Indian journal of veterinary science and animal husbandry - Volume 2,
Year: 1932
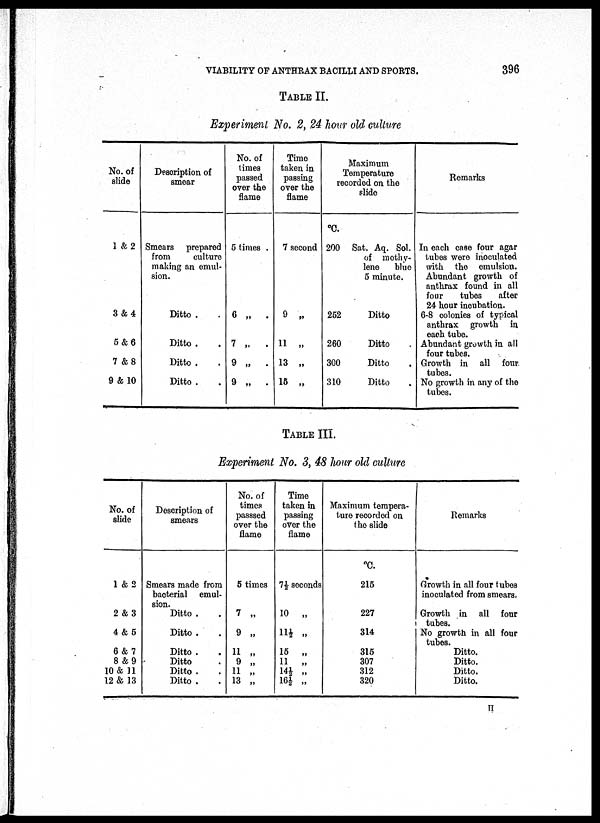
VIABILITY OF ANTHRAX BACILLI AND SPORTS.
396
TABLE II.
Experiment No. 2, 24 hour old culture
No. of
slide
1 & 2
3 & 4
5 & 6
7 &8
9 & 10
Description of
smear
Smears prepared
from
culture
making an emul-
sion.
Ditto . .
Ditto . .
Ditto . .
Ditto . .
No. of
times
passed
over the
flame
5 times.
6 „
.
7 „
.
9 „
.
9 „
.
Time
taken in
passing
over the
flame
7 second
9 „
11 „
13 „
15 „
Maximum
Temperature
recorded on the
slide
°C.
200 Sat. Aq. Sol.
of methy-
lene blue
5 minute.
252
Ditto
260
Ditto
300
Ditto
310
Ditto
Remarks
In each case four agar
tubes were inoculated
with the emulsion.
Abundant growth of
anthrax found in all
four
tubes
after
24 hour incubation.
6-8 colonies of typical
anthrax growth in
each tube.
Abundant growth in all
four tubes.
Growth in all four
tubes.
No growth in any of the
tubes.
TABLE III.
Experiment No. 3, 48 hour old culture
No. of
slide
1 & 2
2 & 3
4 & 5
6 & 7
8 & 9
10 & 11
12 & 13
Description of
smears
Smears made from
bacterial emul-
sion.
Ditto . .
Ditto . .
Ditto . .
Ditto .
Ditto . .
Ditto . .
No. of
times
passsed
over the
flame
5 times
7 „
9 „
11 „
9 „
11 „
13 „
Time
taken in
passing
over the
flame
7½ seconds
10 „
11½ „
15 „
11 „
14½ „
16½ „
Maximum tempera-
ture recorded on
the slide
°C.
215
227
314
315
307
312
320
Remarks
Growth in all four tubes
inoculated from smears.
Growth in all four
tubes.
No growth in all four
tubes.
Ditto.
Ditto.
Ditto.
Ditto.
H